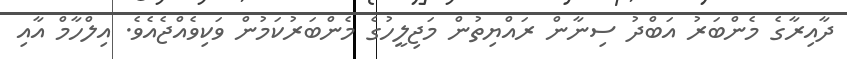
ދާއިރާގެ މެންބަރު އަބްދު ސިނާން ރައްޔިތުން މަޖިލީހުގެ މެންބަރުކަމުން ވަކިވެއްޖެއެވެ. އިލްހާމް އާއި